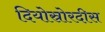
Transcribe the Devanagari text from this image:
दियोस्रोरदीस